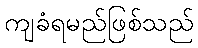
ကျခံရမည်ဖြစ်သည်